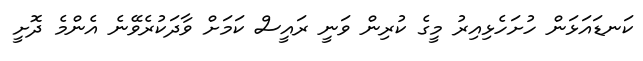
ކަނޑައަޅަން ހުށަހެޅިއިރު މީގެ ކުރިން ވަނީ ރައީސް ކަމަށް ވާދަކުރެވޭނެ އެންމެ ދޮށީ